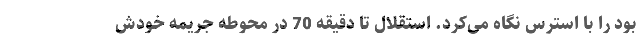
بود را با استرس نگاه می‌کرد. استقلال تا دقیقه 70 در محوطه جریمه خودش